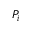
P _ { i }